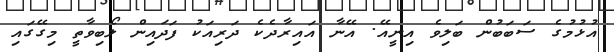
އުޅުމުގެ ސަބަބުން ބަލިވެ އިނީއޭ. އޭނާ އައިރާދެކެ ދަރިއަކު ފަދައިން ލޯބިވާތީ މިގޭގައި